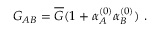
G _ { A B } = \overline { { G } } ( 1 + \alpha _ { A } ^ { ( 0 ) } \alpha _ { B } ^ { ( 0 ) } ) \ .